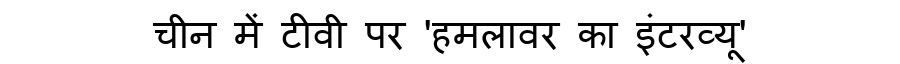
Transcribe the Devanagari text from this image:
चीन में टीवी पर 'हमलावर का इंटरव्यू'